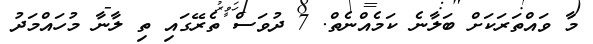
މާ ވައްތަރަކަށް ބަލާނެ ކަމެއްނެތް. 7 ދުވަސް ތެރޭގައި ތި ލާނާ މުހައްމަދު